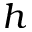
h